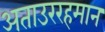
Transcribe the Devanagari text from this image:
अताउररहमान